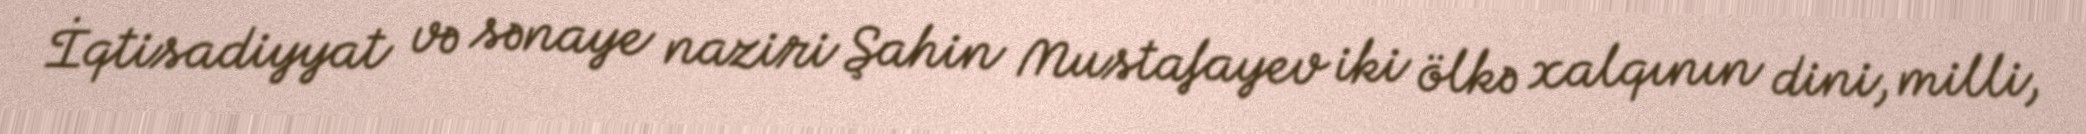
İqtisadiyyat və sənaye naziri Şahin Mustafayev iki ölkə xalqının dini, milli,